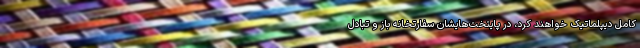
کامل دیپلماتیک خواهند کرد، در پایتخت‌هایشان سفارتخانه باز و تبادل